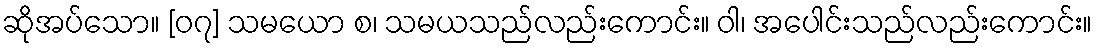
ဆိုအပ်သော။ [၀၇] သမယော စ၊ သမယသည်လည်းကောင်း။ ဝါ၊ အပေါင်းသည်လည်းကောင်း။